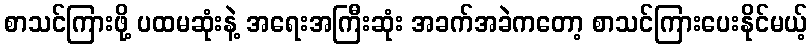
စာသင်ကြားဖို့ ပထမဆုံးနဲ့ အရေးအကြီးဆုံး အခက်အခဲကတော့ စာသင်ကြားပေးနိုင်မယ့်